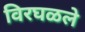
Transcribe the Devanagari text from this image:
विरघळले